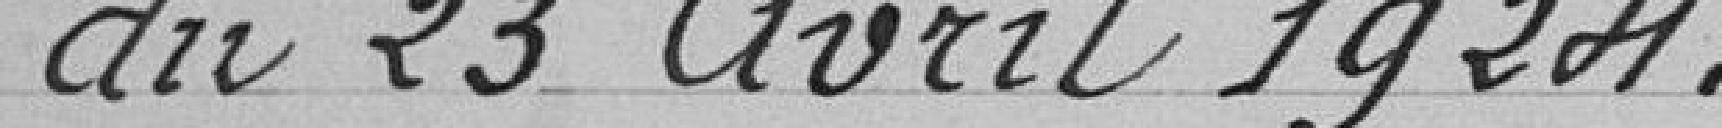
du 23 avril 1924.